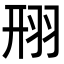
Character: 䍾